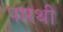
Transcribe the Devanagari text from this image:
पारथी